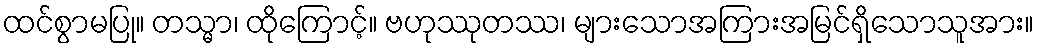
ထင်စွာမပြု။ တသ္မာ၊ ထိုကြောင့်။ ဗဟုဿုတဿ၊ များသောအကြားအမြင်ရှိသောသူအား။